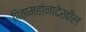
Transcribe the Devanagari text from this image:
पितामहांनादेखील